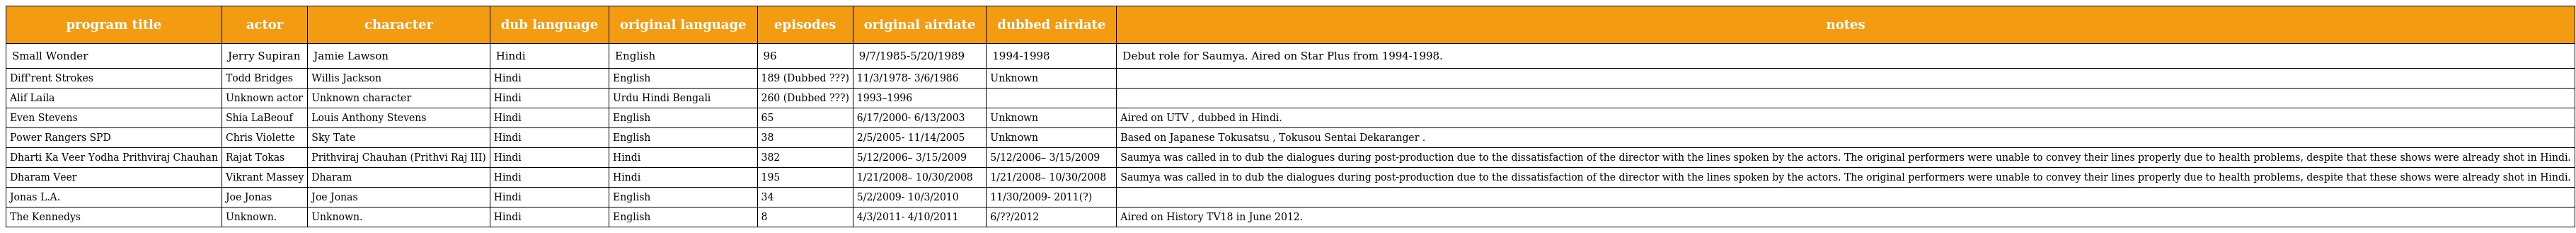
| program title | actor | character | dub language | original language | episodes | original airdate | dubbed airdate | notes |
 | --- | --- | --- | --- | --- | --- | --- | --- | --- |
 | Small Wonder | Jerry Supiran | Jamie Lawson | Hindi | English | 96 | 9/7/1985-5/20/1989 | 1994-1998 | Debut role for Saumya. Aired on Star Plus from 1994-1998. |
 | Diff'rent Strokes | Todd Bridges | Willis Jackson | Hindi | English | 189 (Dubbed ???) | 11/3/1978- 3/6/1986 | Unknown |  |
 | Alif Laila | Unknown actor | Unknown character | Hindi | Urdu Hindi Bengali | 260 (Dubbed ???) | 1993–1996 |  |  |
 | Even Stevens | Shia LaBeouf | Louis Anthony Stevens | Hindi | English | 65 | 6/17/2000- 6/13/2003 | Unknown | Aired on UTV , dubbed in Hindi. |
 | Power Rangers SPD | Chris Violette | Sky Tate | Hindi | English | 38 | 2/5/2005- 11/14/2005 | Unknown | Based on Japanese Tokusatsu , Tokusou Sentai Dekaranger . |
 | Dharti Ka Veer Yodha Prithviraj Chauhan | Rajat Tokas | Prithviraj Chauhan (Prithvi Raj III) | Hindi | Hindi | 382 | 5/12/2006– 3/15/2009 | 5/12/2006– 3/15/2009 | Saumya was called in to dub the dialogues during post-production due to the dissatisfaction of the director with the lines spoken by the actors. The original performers were unable to convey their lines properly due to health problems, despite that these shows were already shot in Hindi. |
 | Dharam Veer | Vikrant Massey | Dharam | Hindi | Hindi | 195 | 1/21/2008– 10/30/2008 | 1/21/2008– 10/30/2008 | Saumya was called in to dub the dialogues during post-production due to the dissatisfaction of the director with the lines spoken by the actors. The original performers were unable to convey their lines properly due to health problems, despite that these shows were already shot in Hindi. |
 | Jonas L.A. | Joe Jonas | Joe Jonas | Hindi | English | 34 | 5/2/2009- 10/3/2010 | 11/30/2009- 2011(?) |  |
 | The Kennedys | Unknown. | Unknown. | Hindi | English | 8 | 4/3/2011- 4/10/2011 | 6/??/2012 | Aired on History TV18 in June 2012. |